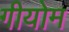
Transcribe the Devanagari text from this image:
गीयोम